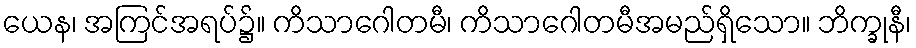
ယေန၊ အကြင်အရပ်၌။ ကိသာဂေါတမီ၊ ကိသာဂေါတမီအမည်ရှိသော။ ဘိက္ခုနီ၊